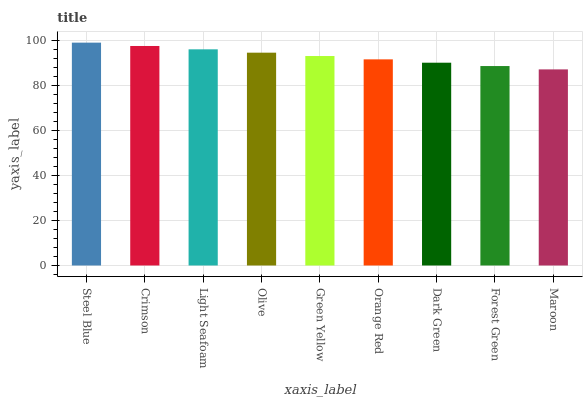
| xaxis_label | bars |
 | --- | --- |
 | Steel Blue | 99 |
 | Crimson | 97.5 |
 | Light Seafoam | 96 |
 | Olive | 94.5 |
 | Green Yellow | 93.1 |
 | Orange Red | 91.6 |
 | Dark Green | 90.1 |
 | Forest Green | 88.6 |
 | Maroon | 87.1 |